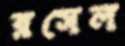
রসেল